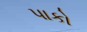
પાકો